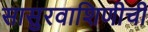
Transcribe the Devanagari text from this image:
सासुरवाशिणीची